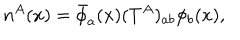
LaTeX: n ^ { A } ( x ) = \bar { \phi } _ { a } ( x ) ( T ^ { A } ) _ { a b } \phi _ { b } ( x ) ,